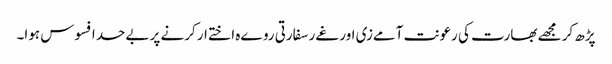
پڑھ کر مجھے بھارت کی رعونت آمےزی اور غےر سفارتی روےہ اختےار کرنے پر بےحد افسوس ہوا۔